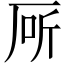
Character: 厛